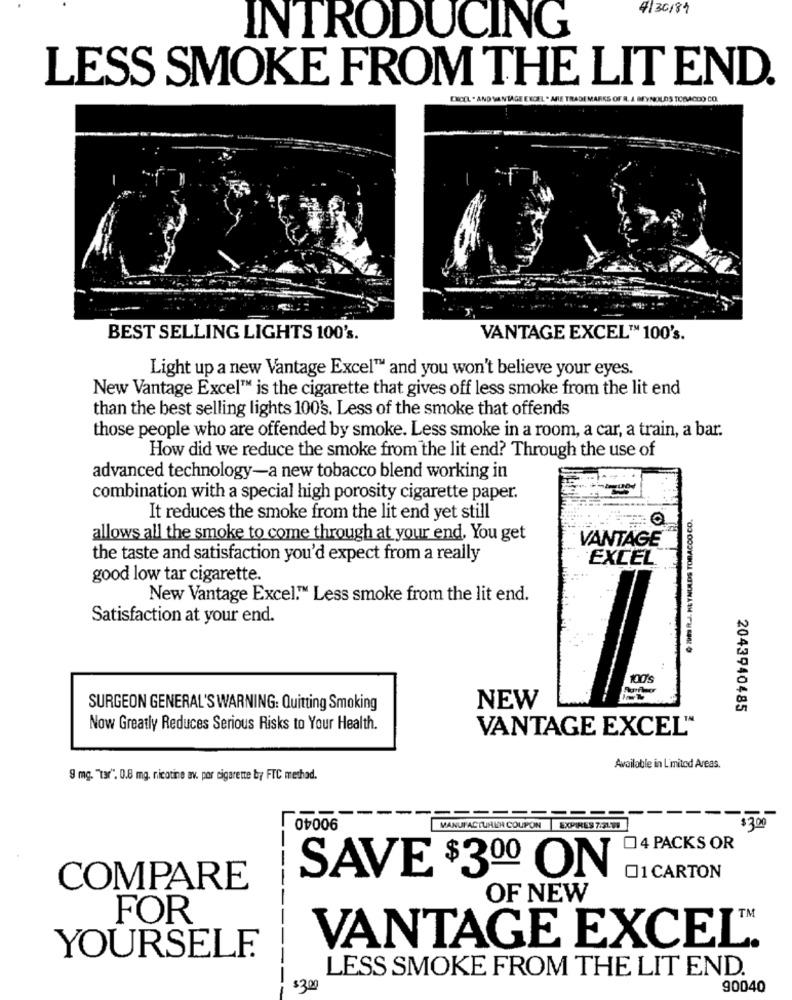
4/36/89
INTRODUCING
LESS SMOKE FROM THE LIT END.
CHOCL . AND VANTAGE ENDEL
M MARKS OF A. A. BEYNOLDS TOBACDO CO
BEST SELLING LIGHTS 100's.
VANTAGE EXCEL™ 100's.
Light up a new Vantage Excel™ and you won't believe your eyes.
New Vantage Excel™ is the cigarette that gives off less smoke from the lit end
than the best selling lights 100's. Less of the smoke that offends
those people who are offended by smoke. Less smoke in a room, a car, a train, a bar.
How did we reduce the smoke from the lit end? Through the use of
advanced technology-a new tobacco blend working in
combination with a special high porosity cigarette paper.
BL
DE R.J. HEYNULDS TOBACCO CO.
It reduces the smoke from the lit end yet still
allows all the smoke to come through at your end. You get
VANTAGE
the taste and satisfaction you'd expect from a really
EXCEL
good low tar cigarette.
New Vantage Excel." Less smoke from the lit end.
Satisfaction at your end.
SURGEON GENERAL'S WARNING: Quitting Smoking
NEW
2043940485
Now Greatly Reduces Serious Risks to Your Health.
VANTAGE EXCEL"
Available in Limited Areas.
9 mg. "Tar". 0.8 mg. nicotine av. por cigarette by FTC method.
90040
MANUFACTURUN COUPON
EXPIRES 7.SLYI
4 PACKS OR
SAVE $3ºº ON
1 CARTON
COMPARE
OF NEW
FOR
VANTAGE EXCEL
YOURSELF
LESS SMOKE FROM THE LIT END.
$300
90040